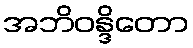
အဘိဝန္ဒိတော